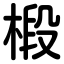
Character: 椴